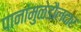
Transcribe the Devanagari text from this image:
पानांमुळेडौलदार